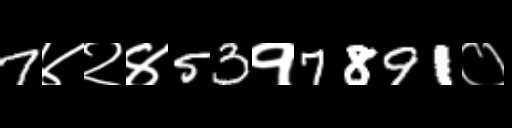
Text: 7४२४53१7891०